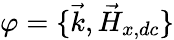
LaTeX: \varphi=\{ \vec{k},\vec{H}_{x,dc}\}